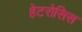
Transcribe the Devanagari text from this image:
हेटरोसिस